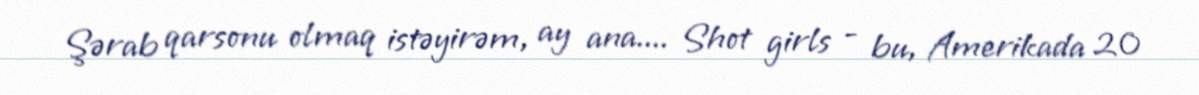
Şərab qarsonu olmaq istəyirəm, ay ana.... Shot girls - bu, Amerikada 20